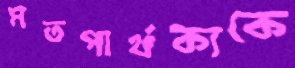
মতপার্থক্যকে